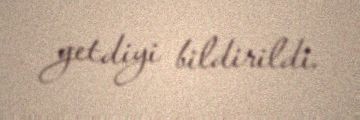
getdiyi bildirildi.